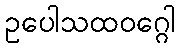
ဥပေါသထဝဂ္ဂေါ